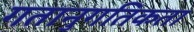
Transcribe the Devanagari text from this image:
गतानुगतिकता